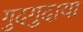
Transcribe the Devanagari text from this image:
गुदगुदाया